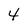
Character: 4